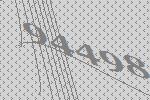
94498